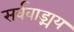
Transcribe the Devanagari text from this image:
सर्ववाड्मय